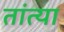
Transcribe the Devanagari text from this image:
तांत्‍या